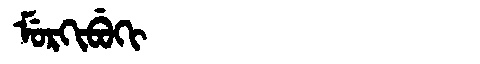
Manchu: ᠮᡠᡵᡴᡳᠪᡠᡴᡳ
Romanization: MURKIBUKI